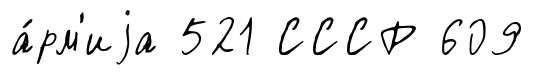
а́рм'иjа 521 СССР 609